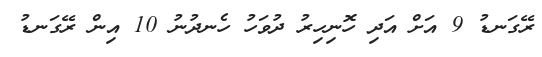
ރޭގަނޑު 9 އަށް އަދި ހޮނިހިރު ދުވަހު ހެނދުނު 10 އިން ރޭގަނޑު